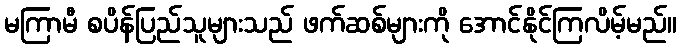
မကြာမီ စပိန်ပြည်သူများသည် ဖက်ဆစ်များကို အောင်နိုင်ကြလိမ့်မည်။